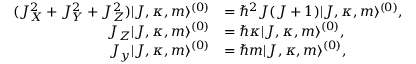
\begin{array} { r l } { ( J _ { X } ^ { 2 } + J _ { Y } ^ { 2 } + J _ { Z } ^ { 2 } ) | J , \kappa , m \rangle ^ { ( 0 ) } } & { = \hbar ^ { 2 } J ( J + 1 ) | J , \kappa , m \rangle ^ { ( 0 ) } , } \\ { J _ { Z } | J , \kappa , m \rangle ^ { ( 0 ) } } & { = \hbar \kappa | J , \kappa , m \rangle ^ { ( 0 ) } , } \\ { J _ { y } | J , \kappa , m \rangle ^ { ( 0 ) } } & { = \hbar m | J , \kappa , m \rangle ^ { ( 0 ) } , } \end{array}